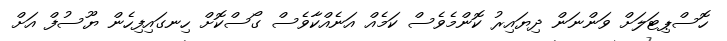
ހޮސްޕިޓަލަށް ވަންނަން ދިޔައިރު ކޮންމެވެސް ކަމެއް އަނެއްކާވެސް ގޯސްކޮށް ހިނގައިފިހެން ޔޫސުފް އަށް